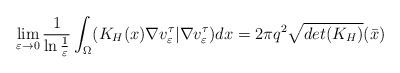
LaTeX: \begin{align*}\lim_{\varepsilon\to 0}\frac{1}{\ln\frac{1}{\varepsilon}}\int_{\Omega}(K_H(x)\nabla v^\tau_\varepsilon| \nabla v^\tau_\varepsilon) dx=2\pi q^2\sqrt{det(K_{H})}(\bar{x})\end{align*}